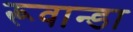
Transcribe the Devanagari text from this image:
रूवान्डा